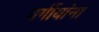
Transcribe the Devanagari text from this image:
वर्गीयांना